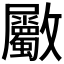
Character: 𣀼